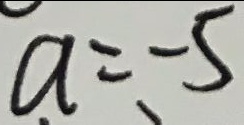
a = - 5